Indian journal of veterinary science and animal husbandry - Volume 6,
Year: 1936
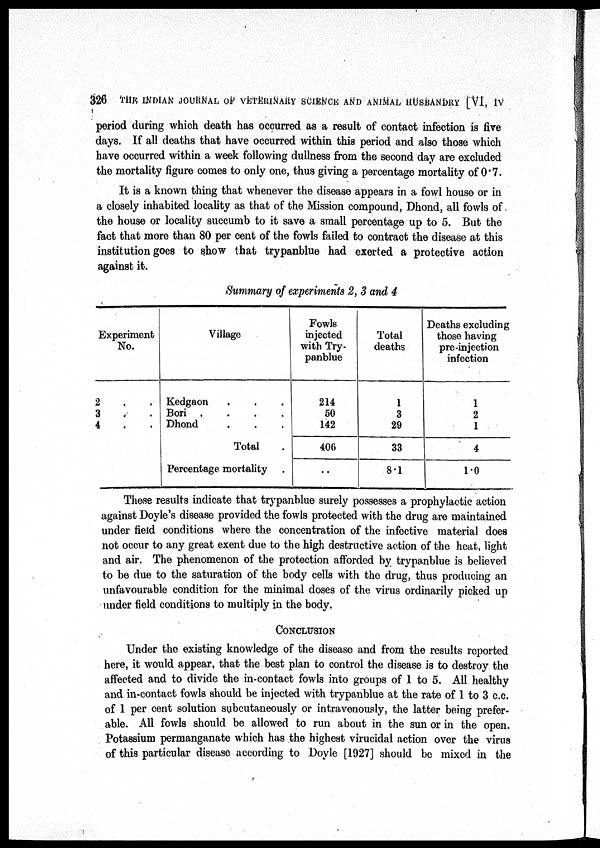
326
THE INDIAN JOURNAL OF VETERINARY SCIENCE AND ANIMAL HUSBANDRY [VI, IV
period during which death has occurred as a result of contact infection is five
days. If all deaths that have occurred within this period and also those which
have occurred within a week following dullness from the second day are excluded
the mortality figure comes to only one, thus giving a percentage mortality of 0.7.
It is a known thing that whenever the disease appears in a fowl house or in
a closely inhabited locality as that of the Mission compound, Dhond, all fowls of
the house or locality succumb to it save a small percentage up to 5. But the
fact that more than 80 per cent of the fowls failed to contract the disease at this
institution goes to show that trypanblue had exerted a protective action
against it.
Summary of experiments 2, 3 and 4
Experiment
No.
2 . .
3 . .
4 . .
Village
Kedgaon . . .
Bori
.
.
.
.
Dhond . . .
Total .
Percentage mortality .
Fowls
injected
with Try-
panblue
214
50
142
406
. .
Total
deaths
1
3
29
33
8.1
Deaths excluding
those having
pre-injection
infection
1
2
1
4
1.0
These results indicate that trypanblue surely possesses a prophylactic action
against Doyle's disease provided the fowls protected with the drug are maintained
under field conditions where the concentration of the infective material does
not occur to any great exent due to the high destructive action of the heat, light
and air. The phenomenon of the protection afforded by trypanblue is believed
to be due to the saturation of the body cells with the drug, thus producing an
unfavourable condition for the minimal doses of the virus ordinarily picked up
under field conditions to multiply in the body.
CONCLUSION
Under the existing knowledge of the disease and from the results reported
here, it would appear, that the best plan to control the disease is to destroy the
affected and to divide the in-contact fowls into groups of 1 to 5. All healthy
and in-contact fowls should be injected with trypanblue at the rate of 1 to 3 c.c.
of 1 per cent solution subcutaneously or intravenously, the latter being prefer-
able. All fowls should be allowed to run about in the sun or in the open.
Potassium permanganate which has the highest virucidal action over the virus
of this particular disease according to Doyle [1927] should be mixed in the